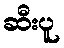
ဆီးပူ